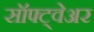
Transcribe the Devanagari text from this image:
सॉफ्ट्वेअर